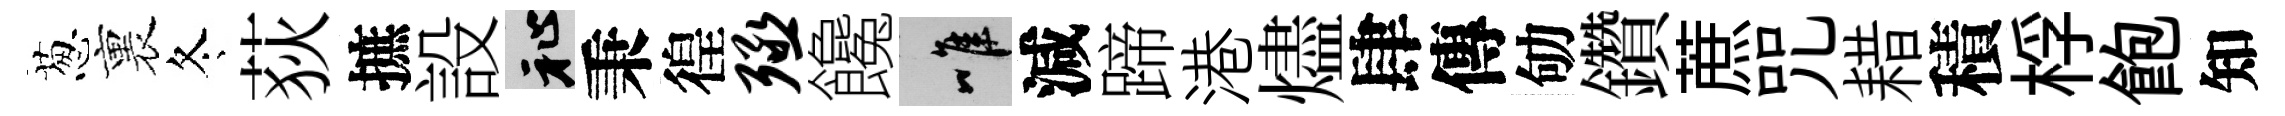
葱裏冬荻摭設祉秉徨殛饞唯減蹄港燼肆傳劬鑽蔗咒耤積桴飽知